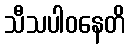
သီသပါဝနေတိ